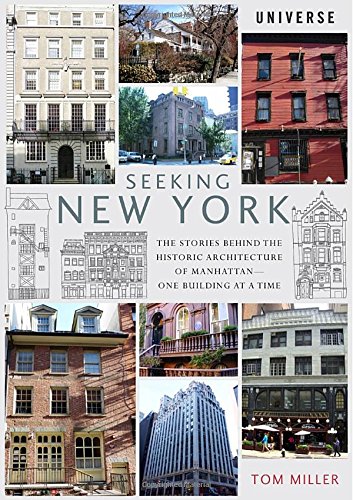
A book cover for Seeking New York: The Stories Behind the Historic Architecture of Manhattan--One Building at a Time; Tom Miller; Arts & Photography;